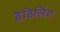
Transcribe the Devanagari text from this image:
हैडिलिंग